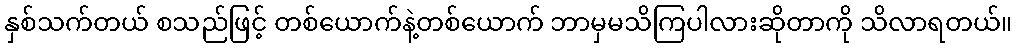
နှစ်သက်တယ် စသည်ဖြင့် တစ်ယောက်နဲ့တစ်ယောက် ဘာမှမသိကြပါလားဆိုတာကို သိလာရတယ်။